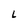
Character: L